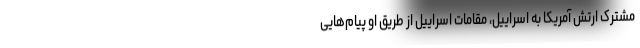
مشترک ارتش آمریکا به اسراییل، مقامات اسراییل از طریق او پیام‌هایی